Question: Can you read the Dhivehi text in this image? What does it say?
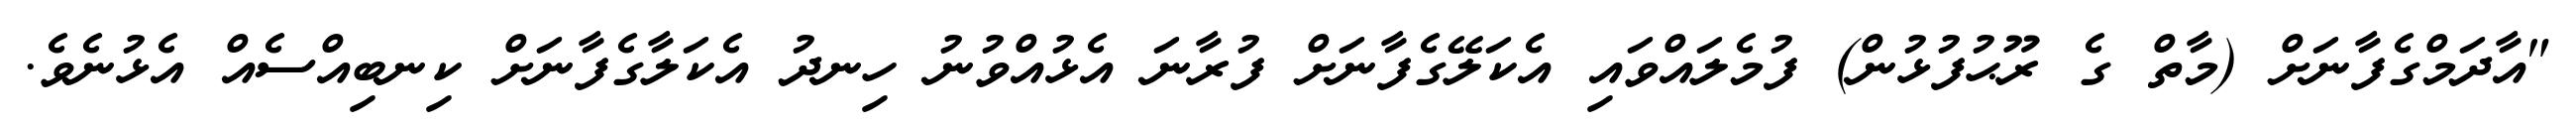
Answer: "އާދަމްގެފާނަށް (މާތް ގެ ރޫޙުފުޅުން) ފުމެލައްވައި އެކަލޭގެފާނަށް ފުރާނަ އެޅުއްވުނު ހިނދު އެކަލާގެފާނަށް ކިނބިއްސެއް އެޅުނެވެ.